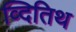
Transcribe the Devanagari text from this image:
व्दितिथ